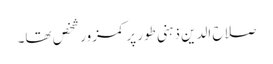
صلاح الدین ذہنی طور پر کمزور شخص تھا۔